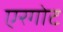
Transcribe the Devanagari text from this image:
एरगोट